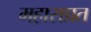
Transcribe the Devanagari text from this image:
महाराप्रत